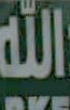
الله